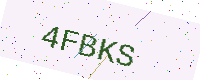
Text: 4FBKS